Annual statistical returns and brief notes on vaccination in Bengal - 1887-1898
Year: 1887
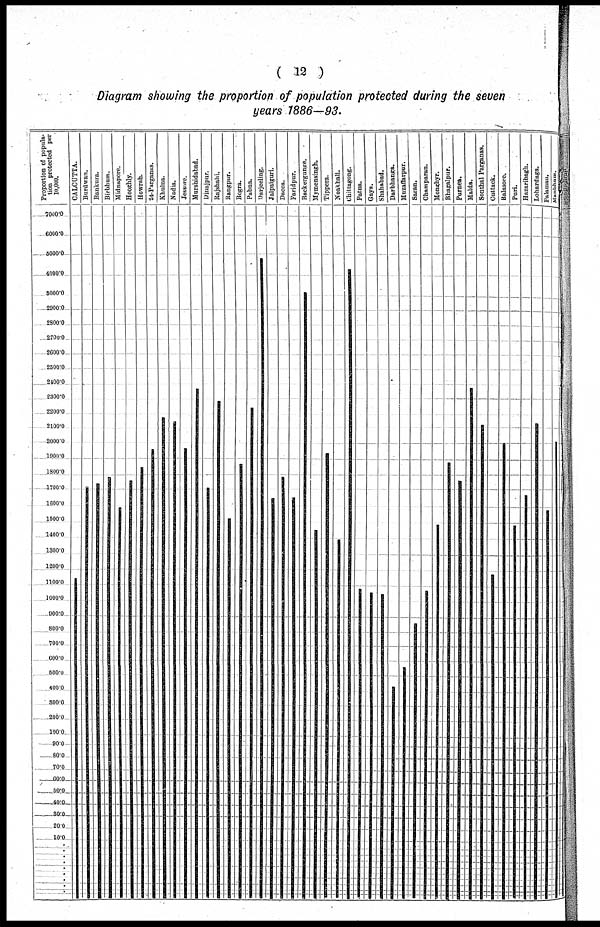
( 12 )
Diagram showing the proportion of population protected during the seven
years 1886—93.